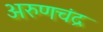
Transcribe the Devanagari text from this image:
अरुणचंद्र